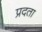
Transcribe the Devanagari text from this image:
प्रदता